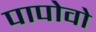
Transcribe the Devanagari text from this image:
पापोवो